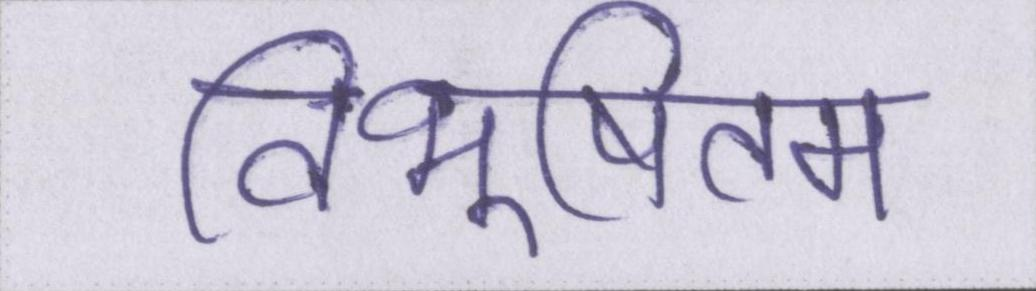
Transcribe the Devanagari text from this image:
विभूषितम